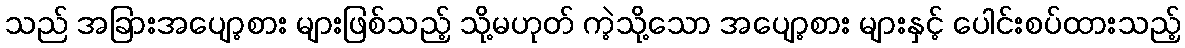
သည် အခြားအပျော့စား များဖြစ်သည့် သို့မဟုတ် ကဲ့သို့သော အပျော့စား များနှင့် ပေါင်းစပ်ထားသည့်